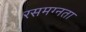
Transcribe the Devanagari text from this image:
रसमग्नता